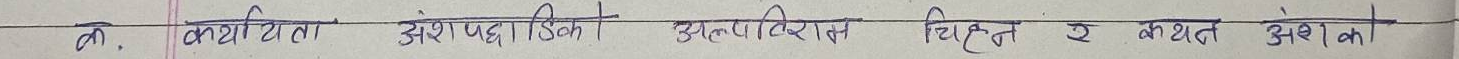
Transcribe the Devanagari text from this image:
क. कार्ययोजना अंशपद्धतिको कुलपरिणाम निश्चित र कथन अंशको